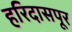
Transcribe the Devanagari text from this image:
हरिदासपूर